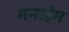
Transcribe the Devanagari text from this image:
मेनाहेम